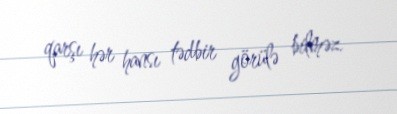
qarşı hər hansı tədbir görülə bilməz.